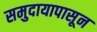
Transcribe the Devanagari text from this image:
समुदायापासून